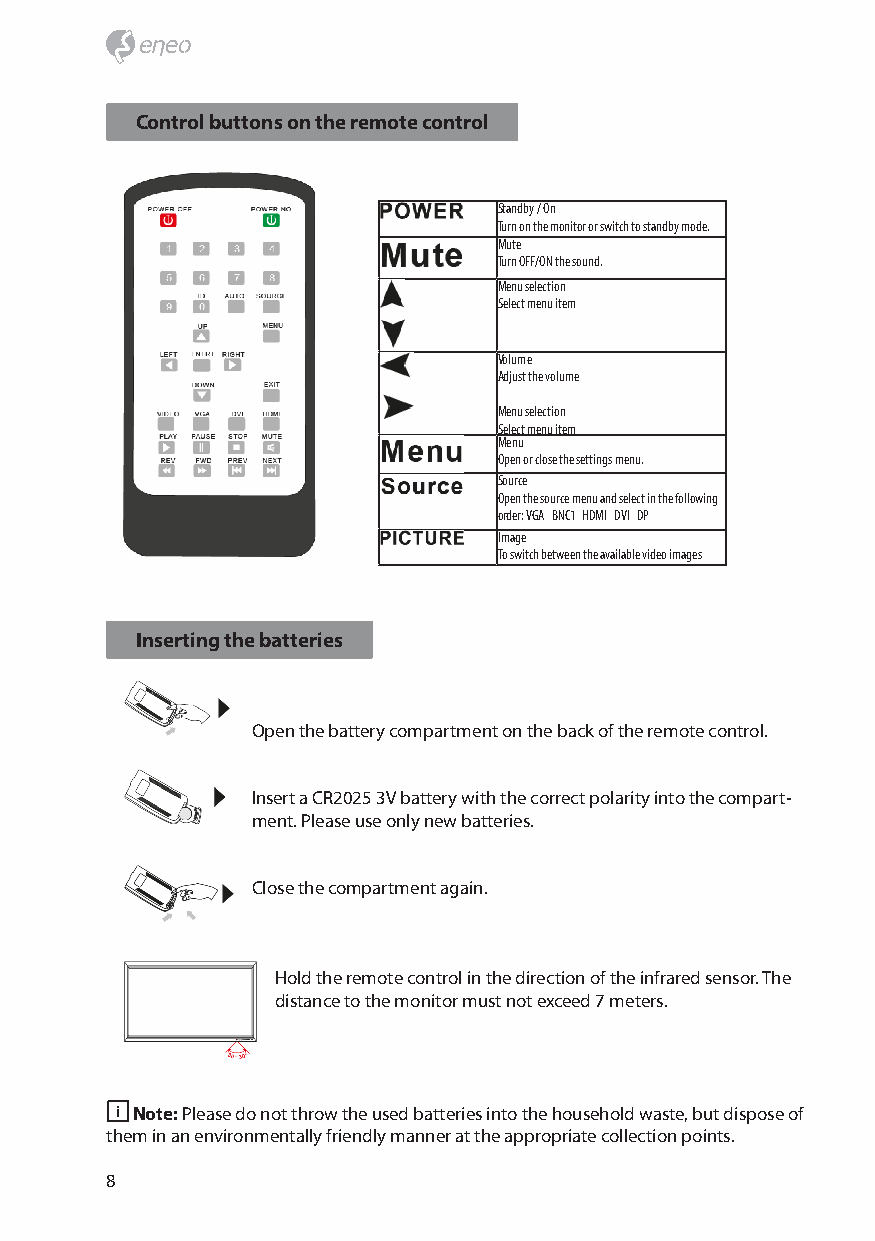
Control buttons on the remote control
 Standby / On
 Turn on the monitor or switch to standby mode.
 Mute
 Turn OFF/ON the sound.
 Menu selection
 Select menu item
 Volume
 Adjust the volume
 Menu selection
 Select menu item
 Menu
 Open or close the settings menu.
 Source
 Open the source menu and select in the following
 order: VGA BNC1 HDMI DVI DP
 Image
 To switch between the available video images
 Inserting the batteries
 Open the battery compartment on the back of the remote control.
 Insert a CR2025 3V battery with the correct polarity into the compart-
 ment. Please use only new batteries.
 Close the compartment again.
 Hold the remote control in the direction of the infrared sensor. The
 distance to the monitor must not exceed 7 meters.
 i Note: Please do not throw the used batteries into the household waste, but dispose of
 them in an environmentally friendly manner at the appropriate collection points.
 8